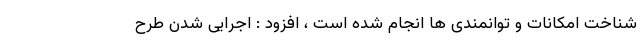
شناخت امکانات و توانمندی ها انجام شده است ، افزود : اجرایی شدن طرح